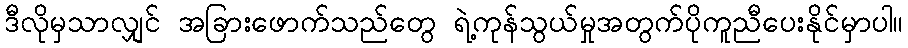
ဒီလိုမှသာလျှင် အခြားဖောက်သည်တွေ ရဲ့ကုန်သွယ်မှုအတွက်ပိုကူညီပေးနိုင်မှာပါ။